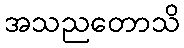
အသညတောသိ